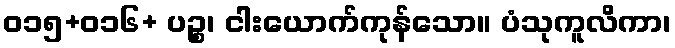
ဝ၁၅+၀၁၆+ ပဉ္စ၊ ငါးယောက်ကုန်သော။ ပံသုကူလိကာ၊